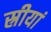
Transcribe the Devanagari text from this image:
स्रीयां